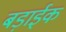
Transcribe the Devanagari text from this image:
बड़ाईक